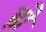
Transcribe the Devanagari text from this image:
ब्रो